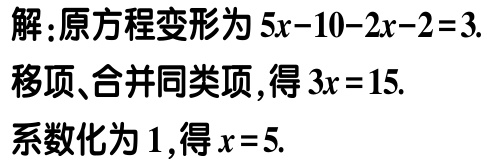
解：原方程变形为\(5x - 10 - 2x - 2 = 3\).
移项、合并同类项，得\(3x = 15\).
系数化为\(1\)，得\(x = 5\).